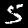
Label: 5